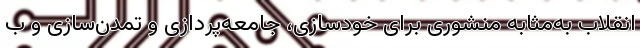
انقلاب به‌مثابه منشوری برای خودسازی، جامعه‌پردازی و تمدن‌سازی و ب